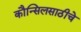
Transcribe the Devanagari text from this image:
कौन्सिलसाठीचे